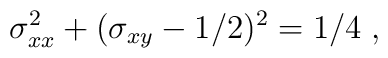
\sigma_{xx}^2 + (\sigma_{xy} - 1/2)^2 = 1/4\;,